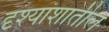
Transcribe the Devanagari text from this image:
दृश्यांशातील